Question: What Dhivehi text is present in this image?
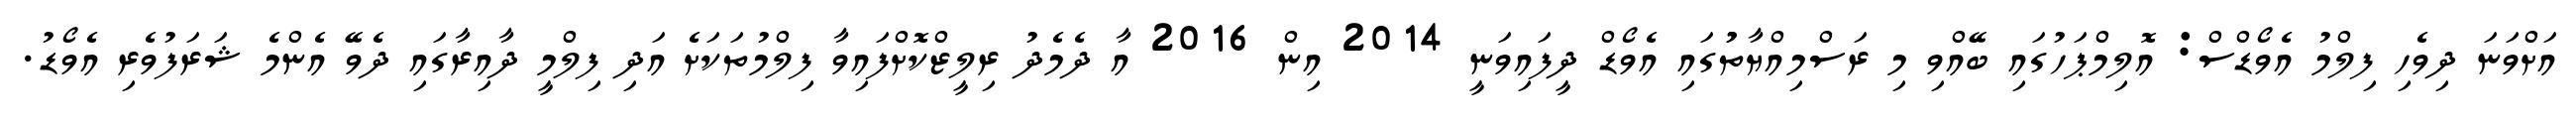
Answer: އަށްވަނަ ދިވެހި ފިލްމު އެވޯޑްސް: އޮލިމްޕަހުގައި ބޭއްވި މި ރަސްމިއްޔާތުުގައި އެވޯޑް ދީފައިވަނީ 2014 އިން 2016 އާ ދެމެދު ރިލީޒްކޮށްފައިވާ ފިލްމުތަކަށެ އަދި ފިލްމީ ދާއިރާގައި ދެވޭ އެންމެ ޝަރަފުވެރި އެވޯޑު.